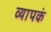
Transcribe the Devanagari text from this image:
व्यापकं